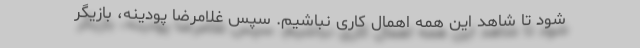
شود تا شاهد این همه اهمال کاری نباشیم. سپس غلامرضا پودینه، بازیگر